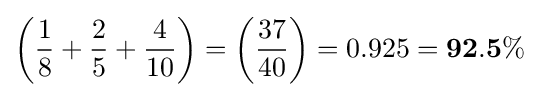
\left({\frac {1}{8}}+{\frac {2}{5}}+{\frac {4}{10}}\right)=\left({\frac {37}{40}}\right)=0.925={\mathbf {92.5\%} }